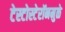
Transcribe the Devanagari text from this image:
टेस्टोस्टेरॉनमुळे